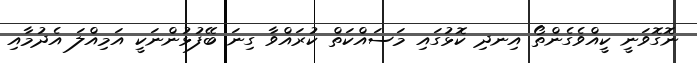
ނޮގޮވަނީ ކީއްވެގެންތޯ އިނދި ކޮޅުގައި މަސައްކަތް ކުރައްވާ ގިނަ ބޭފުޅުންނަކީ އަމިއްލަ އެދުމާއި